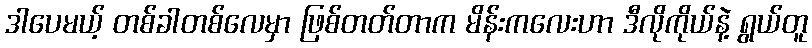
ဒါပေမယ့် တစ်ခါတစ်လေမှာ ဖြစ်တတ်တာက မိန်းကလေးဟာ ဒီလိုကိုယ်နဲ့ ရွယ်တူ